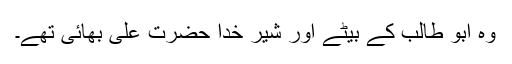
وہ ابو طالب کے بیٹے اور شیر خدا حضرت علیؓ بھائی تھے۔